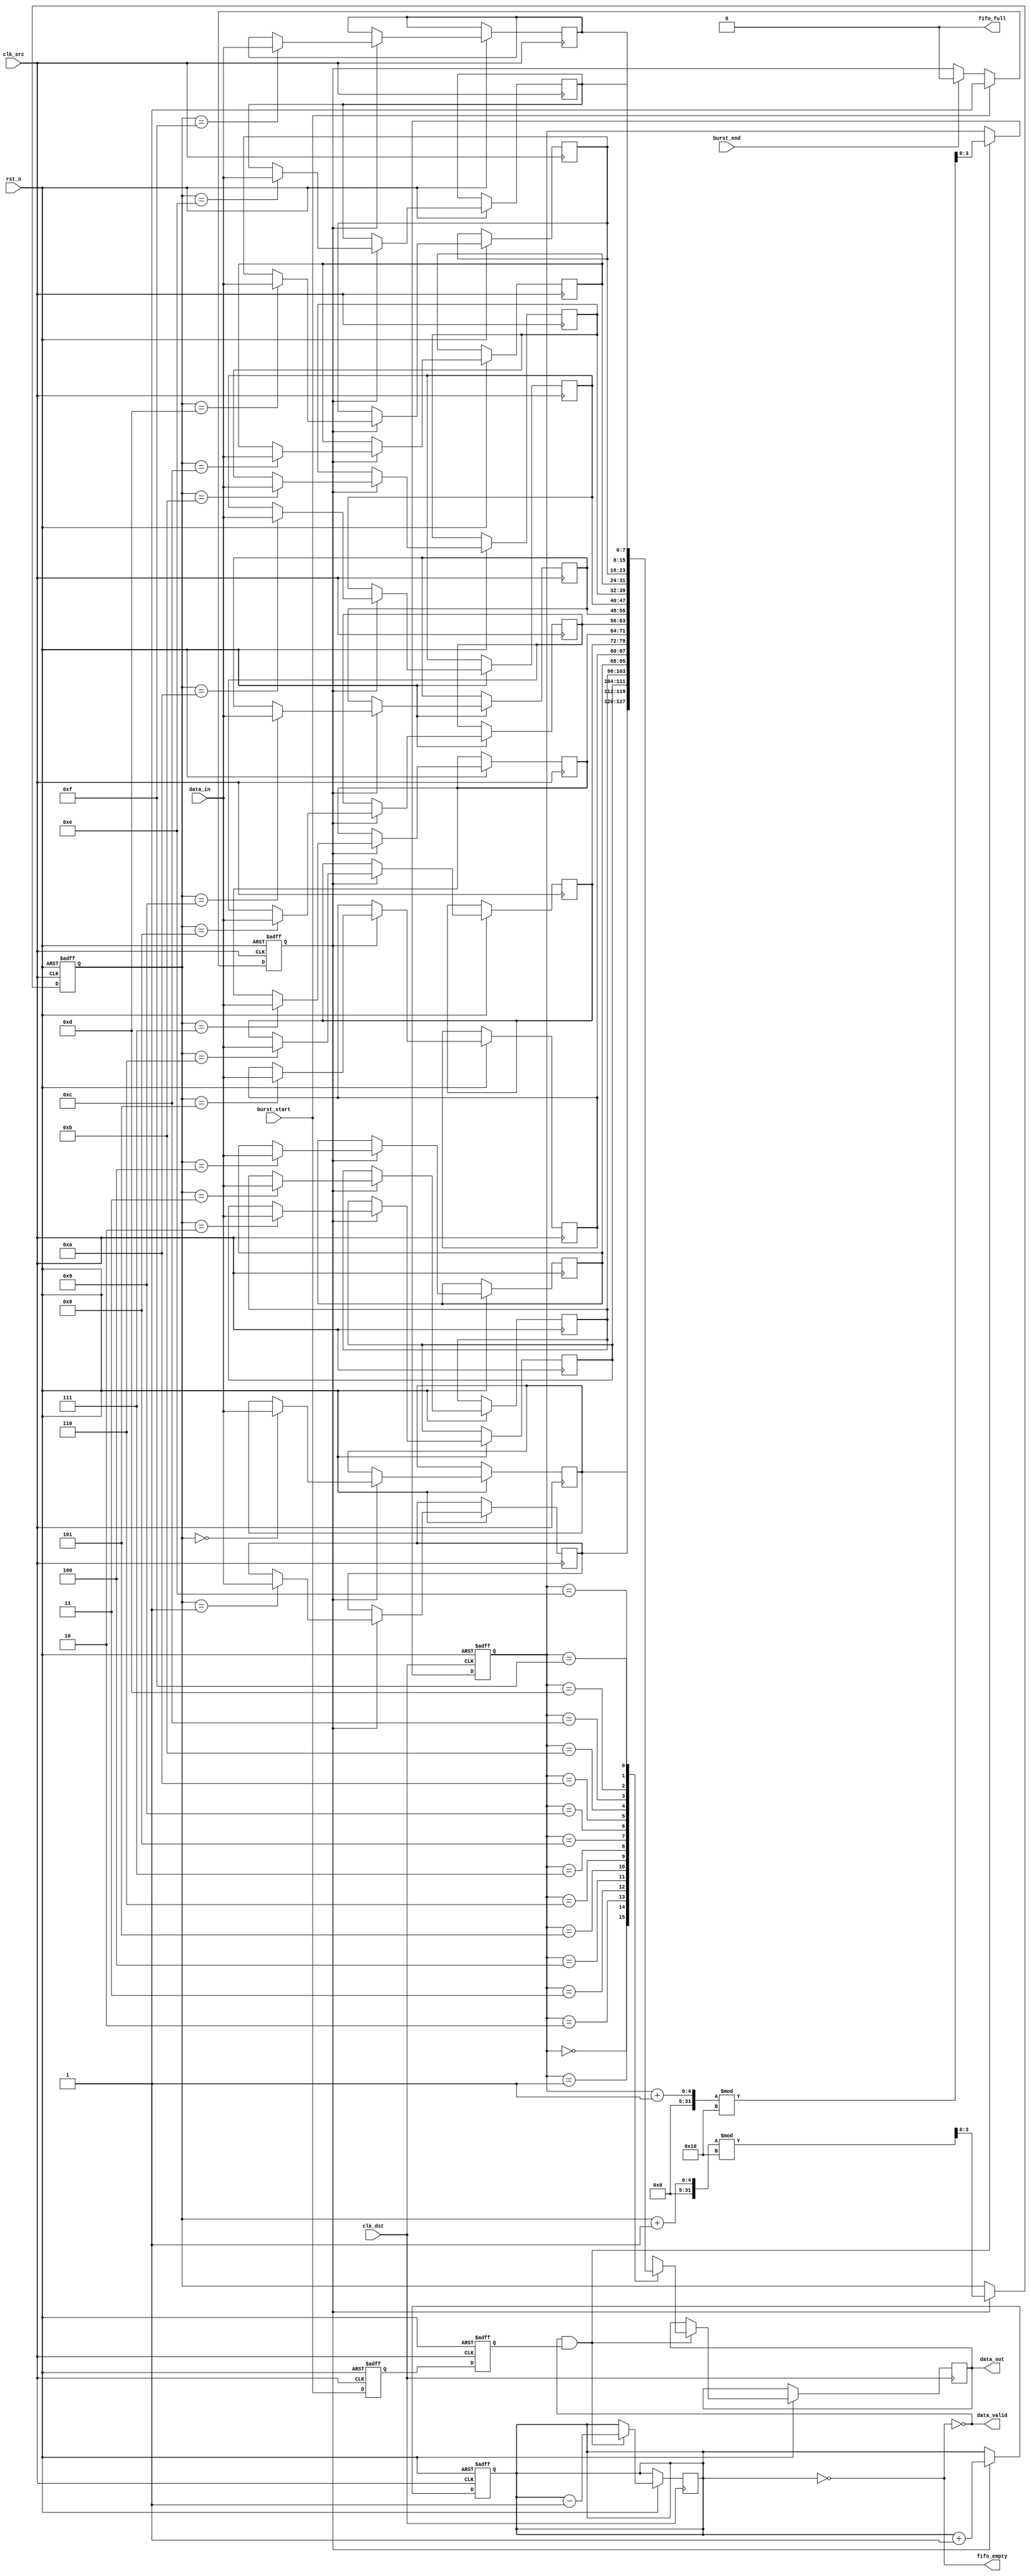
module burst_mode_synchronizer #(
    parameter DATA_WIDTH = 8,      // Width of the data bus
    parameter FIFO_DEPTH = 16       // Depth of the FIFO buffer
)(
    input wire clk_src,             // Source clock
    input wire clk_dst,             // Destination clock
    input wire rst_n,               // Active low reset
    input wire [DATA_WIDTH-1:0] data_in, // Data input from source
    input wire burst_start,         // Signal to indicate the start of a burst
    input wire burst_end,           // Signal to indicate the end of a burst
    output wire [DATA_WIDTH-1:0] data_out, // Data output to destination
    output wire data_valid,         // Data valid signal for destination
    output wire fifo_full,          // FIFO full indication
    output wire fifo_empty          // FIFO empty indication
);

    // FIFO buffer
    reg [DATA_WIDTH-1:0] fifo_mem [0:FIFO_DEPTH-1];
    reg [3:0] write_ptr, read_ptr;  // 4-bit pointers for depth of 16
    reg [3:0] count;                 // Number of items in FIFO

    // Handshaking signals
    reg fifo_write_en;
    reg fifo_read_en;
    wire fifo_write_ready;
    wire fifo_read_ready;

    // Synchronization registers for control signals
    reg burst_start_sync_1, burst_start_sync_2;
    reg burst_end_sync_1, burst_end_sync_2;

    // FIFO Write Logic
    always @(posedge clk_src or negedge rst_n) begin
        if (!rst_n) begin
            write_ptr <= 0;
            count <= 0;
            fifo_write_en <= 0;
        end else begin
            if (burst_start) begin
                fifo_write_en <= 1; // Enable writing on burst start
            end else if (burst_end) begin
                fifo_write_en <= 0; // Disable writing on burst end
            end
            
            if (fifo_write_en && !fifo_full) begin
                fifo_mem[write_ptr] <= data_in;
                write_ptr <= (write_ptr + 1) % FIFO_DEPTH;
                count <= count + 1;
            end
        end
    end

    // FIFO Read Logic
    always @(posedge clk_dst or negedge rst_n) begin
        if (!rst_n) begin
            read_ptr <= 0;
            fifo_read_en <= 0;
        end else begin
            if (fifo_read_ready) begin
                fifo_read_en <= 1; // Enable reading
                data_out <= fifo_mem[read_ptr];
                read_ptr <= (read_ptr + 1) % FIFO_DEPTH;
                count <= count - 1;
            end else begin
                fifo_read_en <= 0; // Disable reading
            end
        end
    end

    // FIFO Status Flags
    assign fifo_empty = (count == 0);
    assign fifo_full = (count == FIFO_DEPTH);
    
    // Data Valid Signal
    assign data_valid = !fifo_empty;

    // Synchronize burst_start and burst_end signals
    always @(posedge clk_src or negedge rst_n) begin
        if (!rst_n) begin
            burst_start_sync_1 <= 0;
            burst_start_sync_2 <= 0;
            burst_end_sync_1 <= 0;
            burst_end_sync_2 <= 0;
        end else begin
            burst_start_sync_1 <= burst_start;
            burst_start_sync_2 <= burst_start_sync_1;
            burst_end_sync_1 <= burst_end;
            burst_end_sync_2 <= burst_end_sync_1;
        end
    end

    // Handshake Logic
    assign fifo_write_ready = !fifo_full;
    assign fifo_read_ready = !fifo_empty && burst_start_sync_2;

endmodule